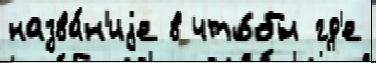
назва́н'иjе в что́бы гд'е